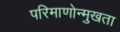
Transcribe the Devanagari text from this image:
परिमाणोन्मुखता